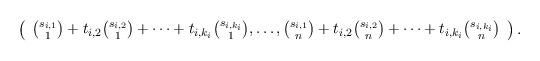
LaTeX: \begin{align*}\small\left(\begin{array}{c}\binom{s_{i,1}}{1}+t_{i,2}\binom{s_{i,2}}{1}+\cdots+t_{i,k_{i}}\binom{s_{i,k_{i}}}{1},\ldots,\binom{s_{i,1}}{n}+t_{i,2}\binom{s_{i,2}}{n}+\cdots+t_{i,k_{i}}\binom{s_{i,k_{i}}}{n}\end{array} \right).\end{align*}